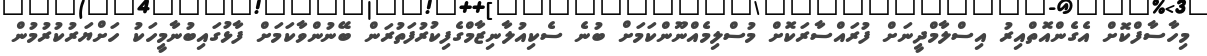
މިހާސާފްކޮށް އެގެންއޮތްއިރު އިސްލާމްދީނަށް ފުރައްސާރަކޮށް މުސްލިމެއްނޫންކަމަށް ބުނެ ސެކިއުލާނިޒާމްގެފިކުރުފަތުރަން ބޭނުންވާކަމަށް ފާޅުގައިބުނާމީހަކު ހަށްޔަރުކުރުމުން